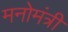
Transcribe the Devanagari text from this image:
मनोमंत्री